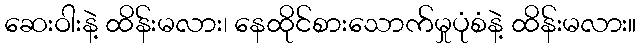
ဆေးဝါးနဲ့ ထိန်းမလား၊ နေထိုင်စားသောက်မှုပုံစံနဲ့ ထိန်းမလား။